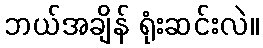
ဘယ်အချိန် ရုံးဆင်းလဲ။